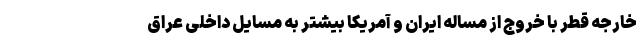
خارجه قطر با خروج از مساله ایران و آمریکا بیشتر به مسایل داخلی عراق